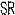
SR